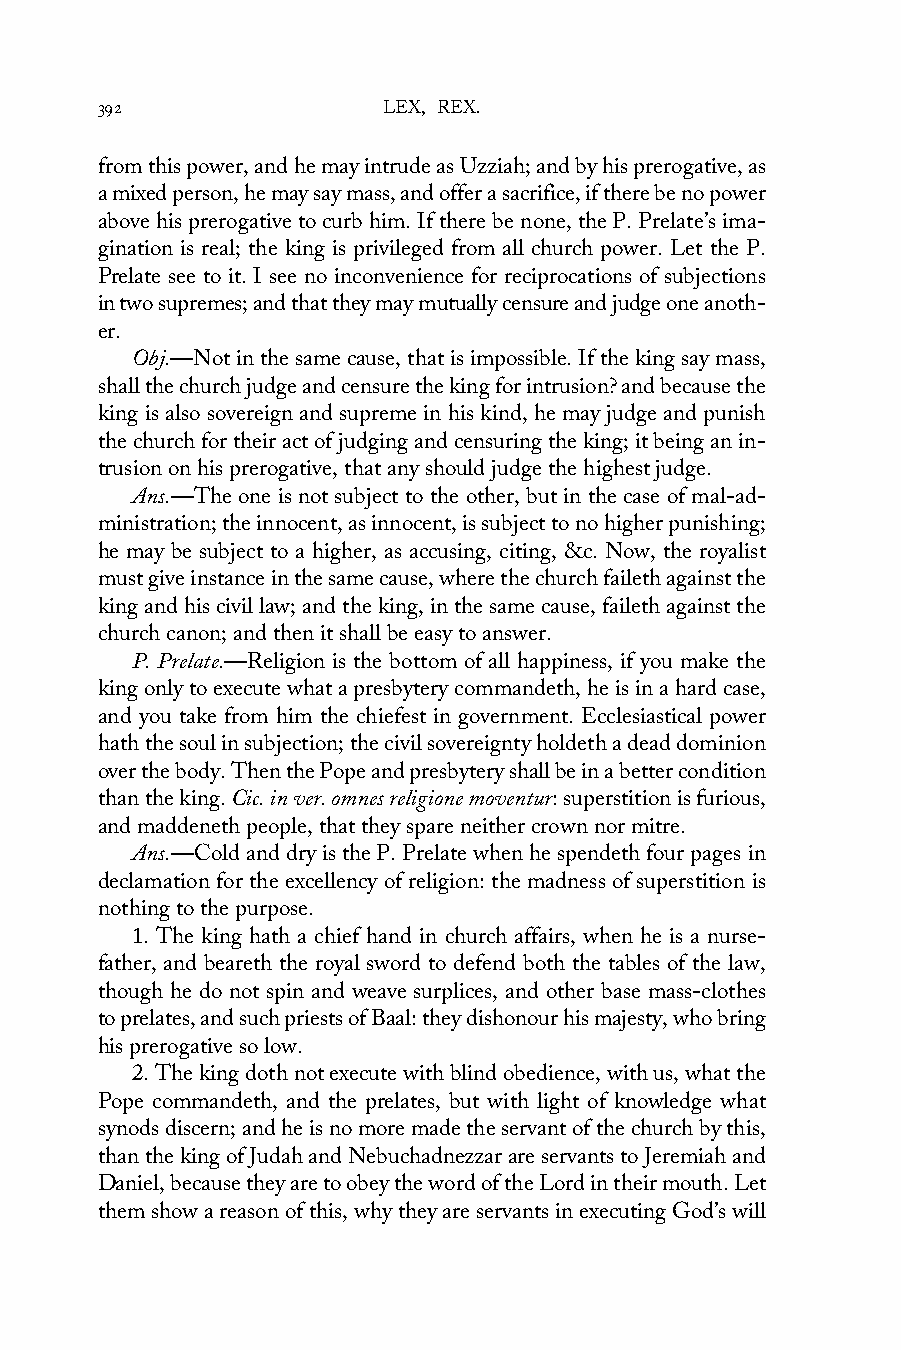
392                LEX, REX.
 from this power, and he may intrude as Uzziah; and by his prerogative, as
 a mixed person, he may say mass, and offer a sacrifice, if there be no power
 above his prerogative to curb him. If there be none, the P. Prelate’s ima-
 gination is real; the king is privileged from all church power. Let the P.
 Prelate see to it. I see no inconvenience for reciprocations of subjections
 in two supremes; and that they may mutually censure and judge one anoth-
 er.
 Obj.—Not in the same cause, that is impossible. If the king say mass,
 shall the church judge and censure the king for intrusion? and because the
 king is also sovereign and supreme in his kind, he may judge and punish
 the church for their act of judging and censuring the king; it being an in-
 trusion on his prerogative, that any should judge the highest judge.
 Ans.—The one is not subject to the other, but in the case of mal-ad-
 ministration; the innocent, as innocent, is subject to no higher punishing;
 he may be subject to a higher, as accusing, citing, &c. Now, the royalist
 must give instance in the same cause, where the church faileth against the
 king and his civil law; and the king, in the same cause, faileth against the
 church canon; and then it shall be easy to answer.
 P. Prelate.—Religion is the bottom of all happiness, if you make the
 king only to execute what a presbytery commandeth, he is in a hard case,
 and you take from him the chiefest in government. Ecclesiastical power
 hath the soul in subjection; the civil sovereignty holdeth a dead dominion
 over the body. Then the Pope and presbytery shall be in a better condition
 than the king. Cic. in ver. omnes religione moventur: superstition is furious,
 and maddeneth people, that they spare neither crown nor mitre.
 Ans.—Cold and dry is the P. Prelate when he spendeth four pages in
 declamation for the excellency of religion: the madness of superstition is
 nothing to the purpose.
 1. The king hath a chief hand in church affairs, when he is a nurse-
 father, and beareth the royal sword to defend both the tables of the law,
 though he do not spin and weave surplices, and other base mass-clothes
 to prelates, and such priests of Baal: they dishonour his majesty, who bring
 his prerogative so low.
 2. The king doth not execute with blind obedience, with us, what the
 Pope commandeth, and the prelates, but with light of knowledge what
 synods discern; and he is no more made the servant of the church by this,
 than the king of Judah and Nebuchadnezzar are servants to Jeremiah and
 Daniel, because they are to obey the word of the Lord in their mouth. Let
 them show a reason of this, why they are servants in executing God’s will